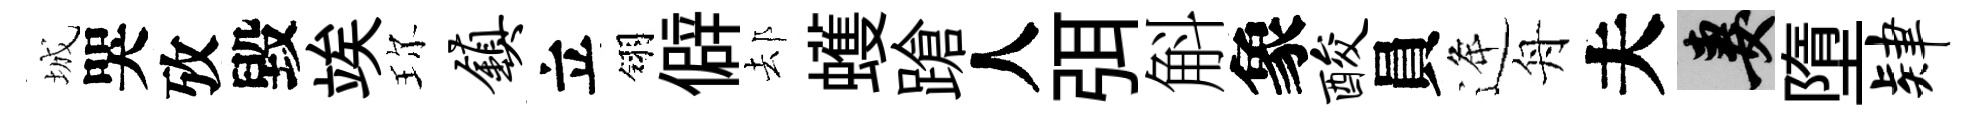
城哭攷毀竢珎镇立翎僻𨚫蠖蹌人弭斛象酸員逄舟夫妻墮肄